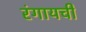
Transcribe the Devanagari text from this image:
रंगायची